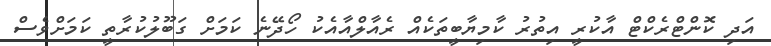
އަދި ކޮންޓްރެކްޓް އާކުރީ އިތުރު ކާމިޔާބީތަކެއް ރެއާލްއާއެކު ހޯދޭނެ ކަމަށް ގަބޫލުކުރާތީ ކަމަށްވެސް